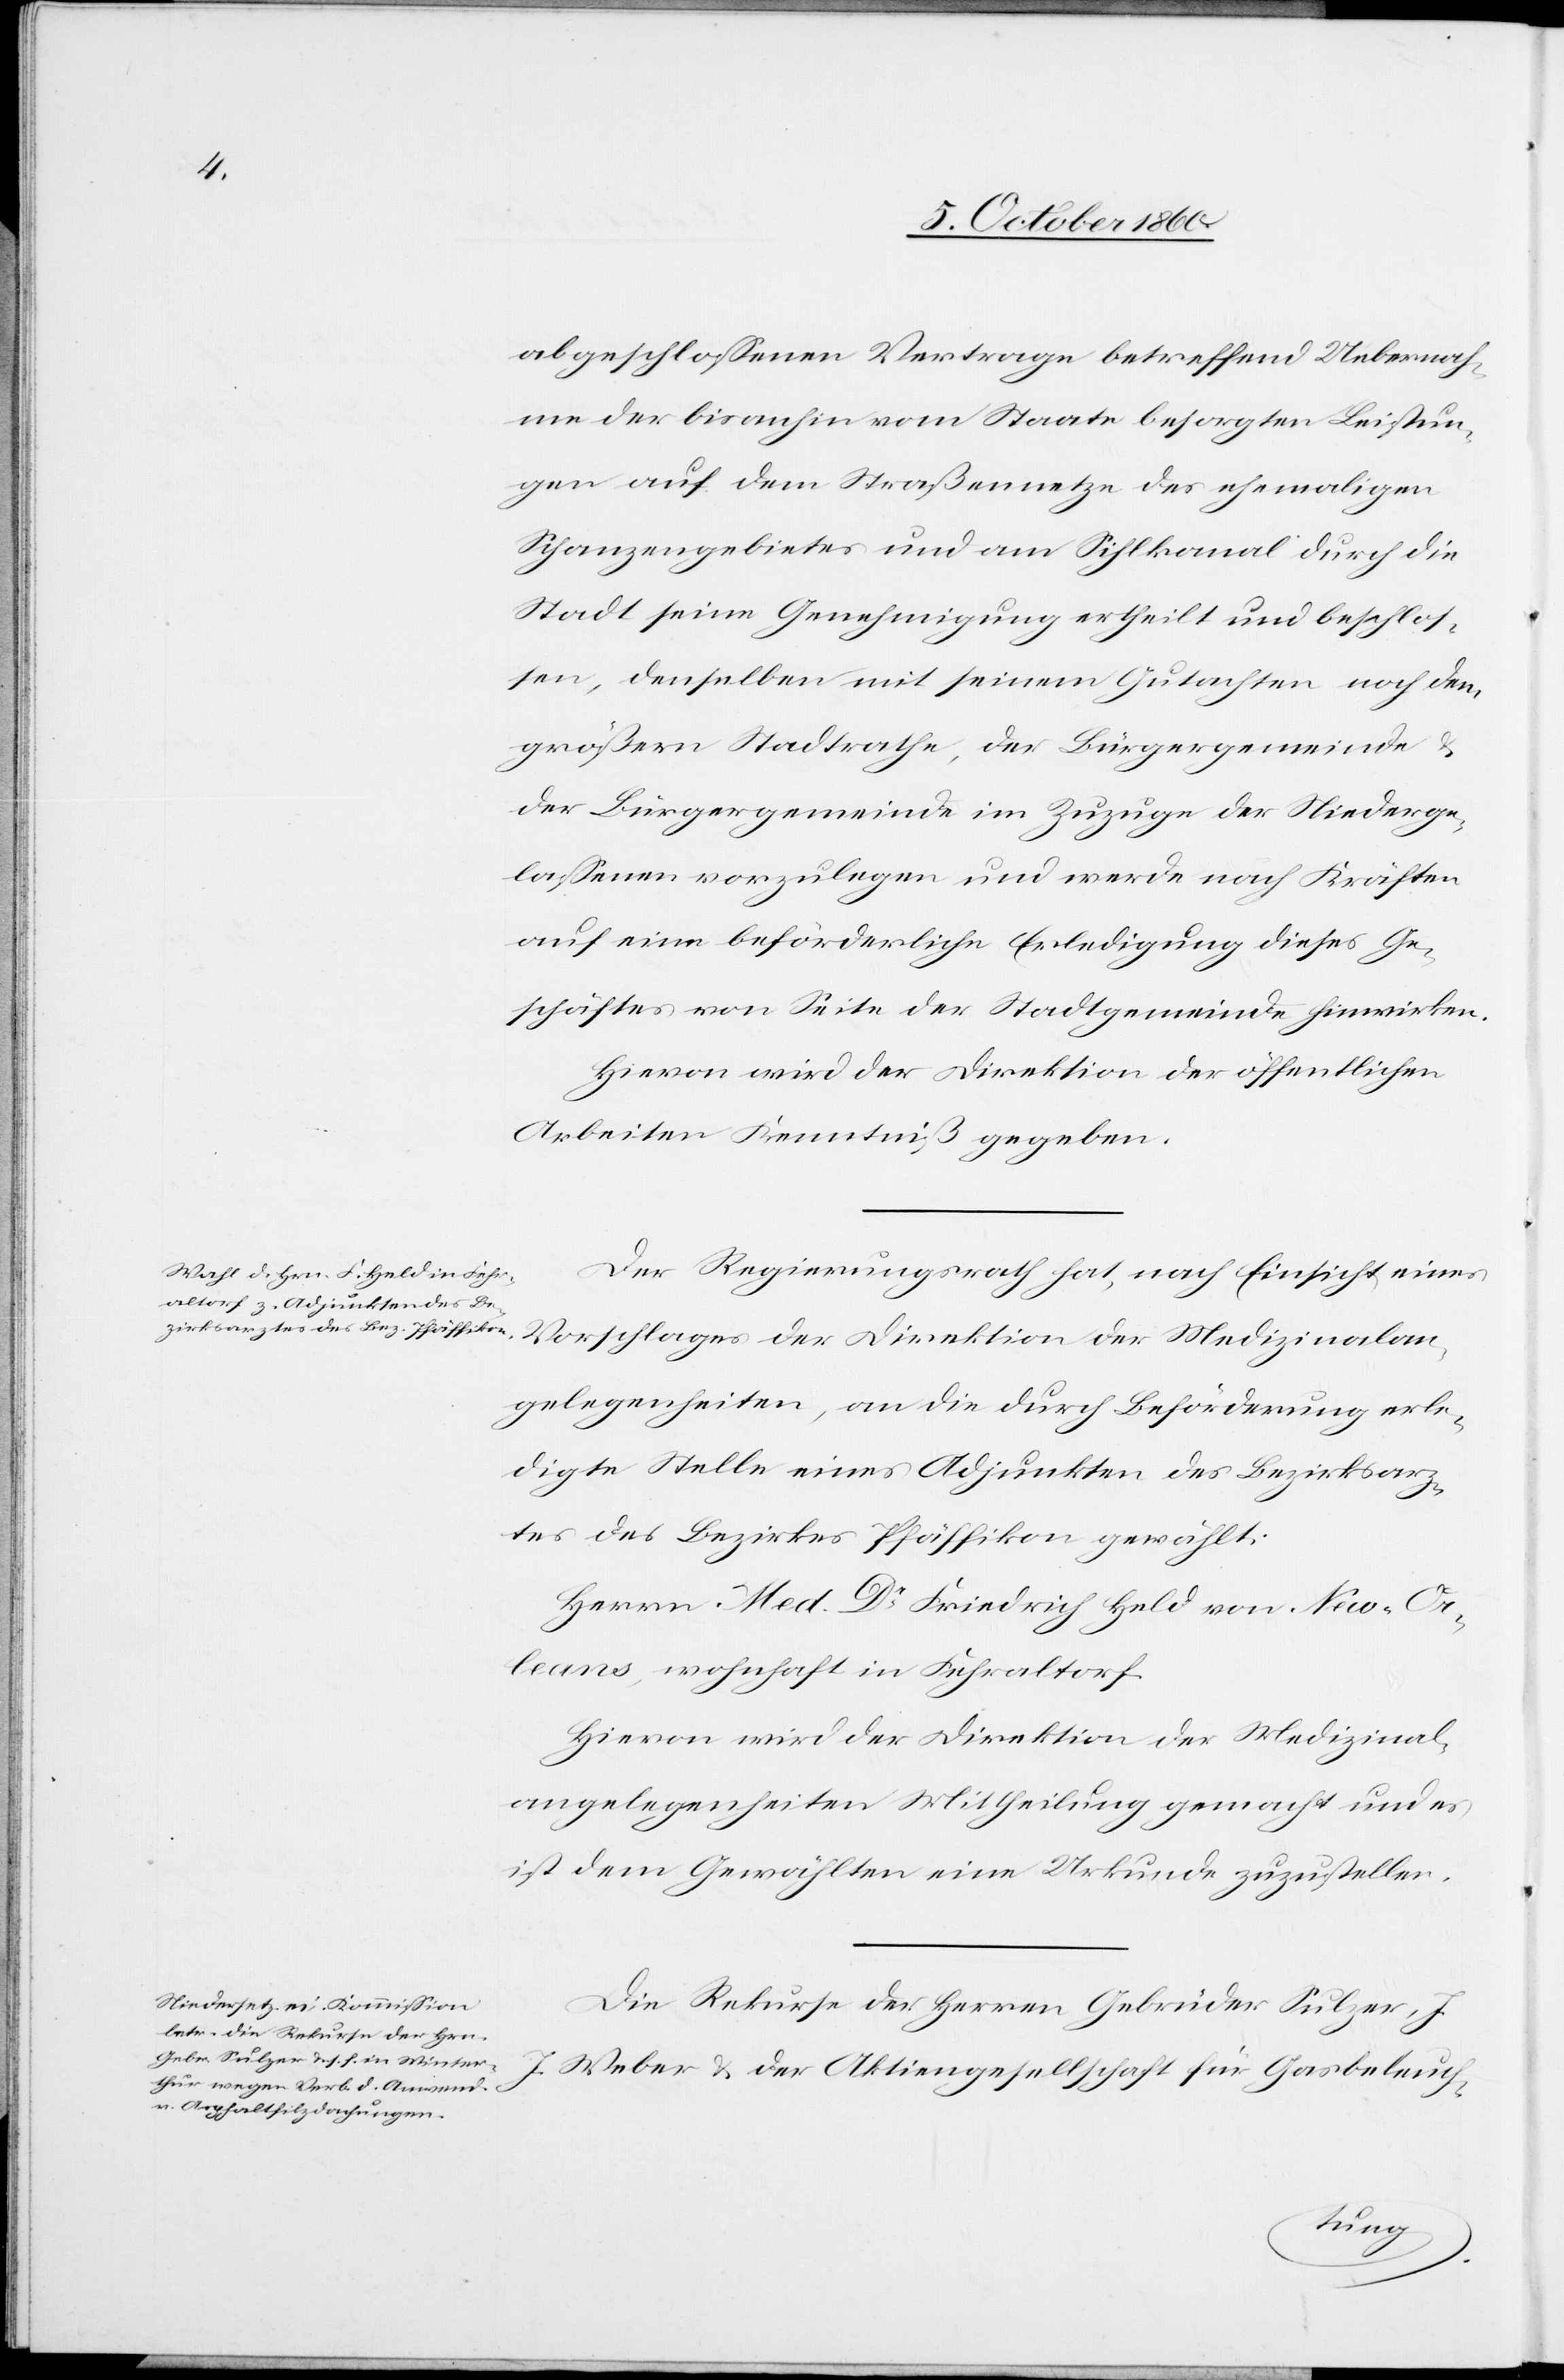
abgeschlossenen Vertrage betreffend Uebernah¬
me der bisanhin vom Staate besorgten Leistun¬
gen auf dem Straßennetze des ehemaligen
Schanzengebietes und am Sihlkanal durch die
Stadt seine Genehmigung ertheilt und beschlos¬
sen, denselben mit seinem Gutachten noch dem
größern Stadtrathe, der Bürgergemeinde u.
der Bürgergemeinde im Zuzuge der Niederge¬
lassenen vorzulegen und werde nach Kräften
auf eine beförderliche Erledigung dieses Ge¬
schäftes von Seite der Stadtgemeinde hinwirken.
Hievon wird der Direktion der öffentlichen
Arbeiten Kenntniß gegeben.
Der Regierungsrath hat, nach Einsicht eines
Vorschlages der Direktion der Medizinalan¬
gelegenheiten, an die durch Beförderung erle¬
digte Stelle eines Adjunkten des Bezirksarz¬
tes des Bezirkes Pfäffikon gewählt:
Herrn Med. Dr Friedrich Held von New-Or¬
leans, wohnhaft in Fehraltorf.
Hievon wird der Direktion der Medizinal¬
angelegenheiten Mittheilung gemacht und es
ist dem Gewählten eine Urkunde zuzustellen.
Die Rekurse der Herren Gebrüder Sulzer, J.
J. Weber u. der Aktiengesellschaft für Gasbeleuch-